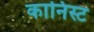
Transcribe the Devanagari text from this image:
कानिस्ट